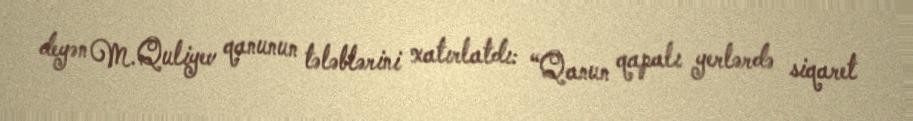
deyən M.Quliyev qanunun tələblərini xatırlatdı: “Qanun qapalı yerlərdə siqaret